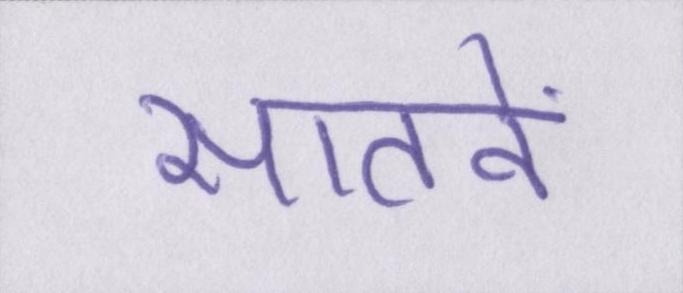
सातवें